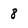
Character: 8